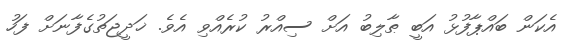
އެކަން ބައްޕާފުޅު އަބީ ޠާލިބު އަށް ސިއްރު ކުރެއްވި އެވެ. ޚަދީޖަތުގެފާނަށް ފަހު